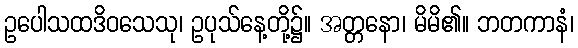
ဥပေါသထဒိဝသေသု၊ ဥပုသ်နေ့တို့၌။ အတ္တနော၊ မိမိ၏။ ဘတကာနံ၊